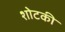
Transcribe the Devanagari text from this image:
शोटकी